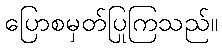
ပြောစမှတ်ပြုကြသည်။